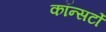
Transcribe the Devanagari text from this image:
कॉन्सर्टो